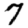
Digit: 7